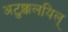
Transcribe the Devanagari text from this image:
अटुक्कलयिल्